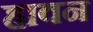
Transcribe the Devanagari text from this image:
हावन